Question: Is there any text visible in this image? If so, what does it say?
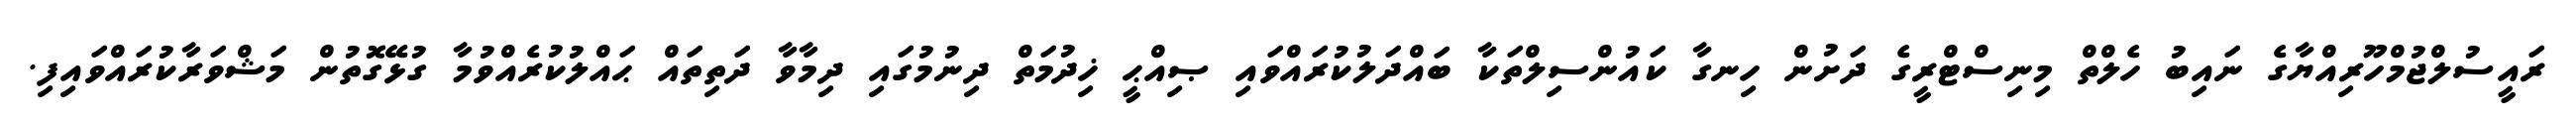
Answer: ރައީސުލްޖުމްހޫރިއްޔާގެ ނައިބު ހެލްތް މިނިސްޓްރީގެ ދަށުން ހިނގާ ކައުންސިލްތަކާ ބައްދަލުކުރައްވައި ޞިއްޙީ ޚިދުމަތް ދިނުމުގައި ދިމާވާ ދަތިތައް ޙައްލުކުރެއްވުމާ ގުޅޭގޮތުން މަޝްވަރާކުރައްވައިފި.